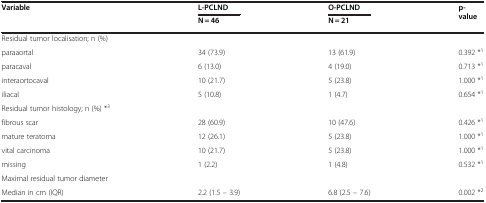
| <ROWSPAN=2> Variable | L-PCLND | O-PCLND | <ROWSPAN=2> p-value |
 | N = 46 | N = 21 |
 | --- | --- | --- | --- |
 | Residual tumor localisation; n (%) |  |  |  |
 | paraaortal | 34 (73.9) | 13 (61.9) | 0.392 *1 |
 | paracaval | 6 (13.0) | 4 (19.0) | 0.713 *1 |
 | interaortocaval | 10 (21.7) | 5 (23.8) | 1.000 *1 |
 | iliacal | 5 (10.8) | 1 (4.7) | 0.654 *1 |
 | Residual tumor histology; n (%) *3 |  |  |  |
 | fibrous scar | 28 (60.9) | 10 (47.6) | 0.426 *1 |
 | mature teratoma | 12 (26.1) | 5 (23.8) | 1.000 *1 |
 | vital carcinoma | 10 (21.7) | 5 (23.8) | 1.000 *1 |
 | missing | 1 (2.2) | 1 (4.8) | 0.532 *1 |
 | Maximal residual tumor diameter |  |  |  |
 | Median in cm (IQR) | 2.2 (1.5 – 3.9) | 6.8 (2.5 – 7.6) | 0.002 *2 |